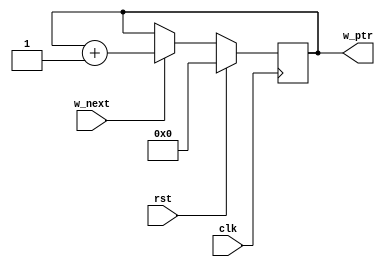
// This program was cloned from: https://github.com/JeffDeCola/my-verilog-examples
// License: MIT License

// A synchronous fifo write pointer

module write_ptr (
    input             clk,              // Clock
    input             rst,              // Reset
    input             w_next,           // Write next
    output reg [3:0]  w_ptr);           // Write pointer

    // ALWAYS BLOCK with NON-BLOCKING PROCEDURAL ASSIGNMENT STATEMENT
    always @ (posedge clk) begin
        if (rst) begin
            w_ptr <= 3'b000;
        end else if (w_next) begin
            w_ptr <= w_ptr + 1;
        end else begin
            w_ptr <= w_ptr;
        end
    end

endmodule
//